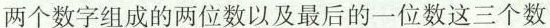
408两个数字组成的两位数以及最后的一位数这三个数